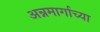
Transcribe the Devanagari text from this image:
अन्नमार्गाच्या